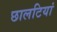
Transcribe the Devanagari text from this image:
छालटियां